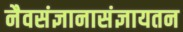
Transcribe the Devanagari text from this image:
नैवसंज्ञानासंज्ञायतन